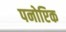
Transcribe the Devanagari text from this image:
पनोप्टिक